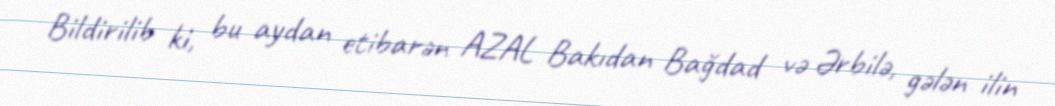
Bildirilib ki, bu aydan etibarən AZAL Bakıdan Bağdad və Ərbilə, gələn ilin